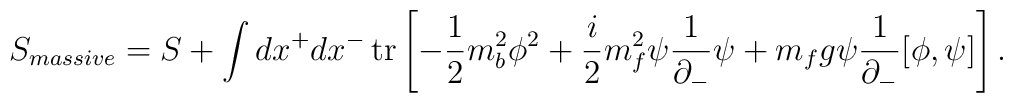
S_{massive} =S+ \int dx^{+}dx^{-} \, {\rm tr}\left[-\frac{1}{2}m_{b}^{2} \phi^{2}+\frac{i}{2}m_{f}^{2}\psi\frac{1}{\partial_{-}}\psi+m_{f}g\psi \frac{1}{\partial_{-}} [\phi , \psi]\right].